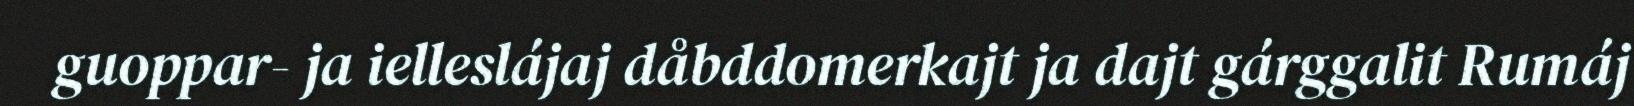
guoppar- ja ielleslájaj dåbddomerkajt ja dajt gárggalit Rumáj